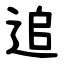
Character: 追